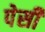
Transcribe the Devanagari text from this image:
पेर्सी